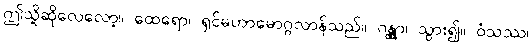
ဤသို့ဆိုလေလော့။ ထေရော၊ ရှင်မဟာမောဂ္ဂလာန်သည်။ ဂန္တွာ၊ သွား၍။ ဝံသဿ၊